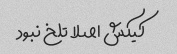
کیکش اصلا تلخ نبود